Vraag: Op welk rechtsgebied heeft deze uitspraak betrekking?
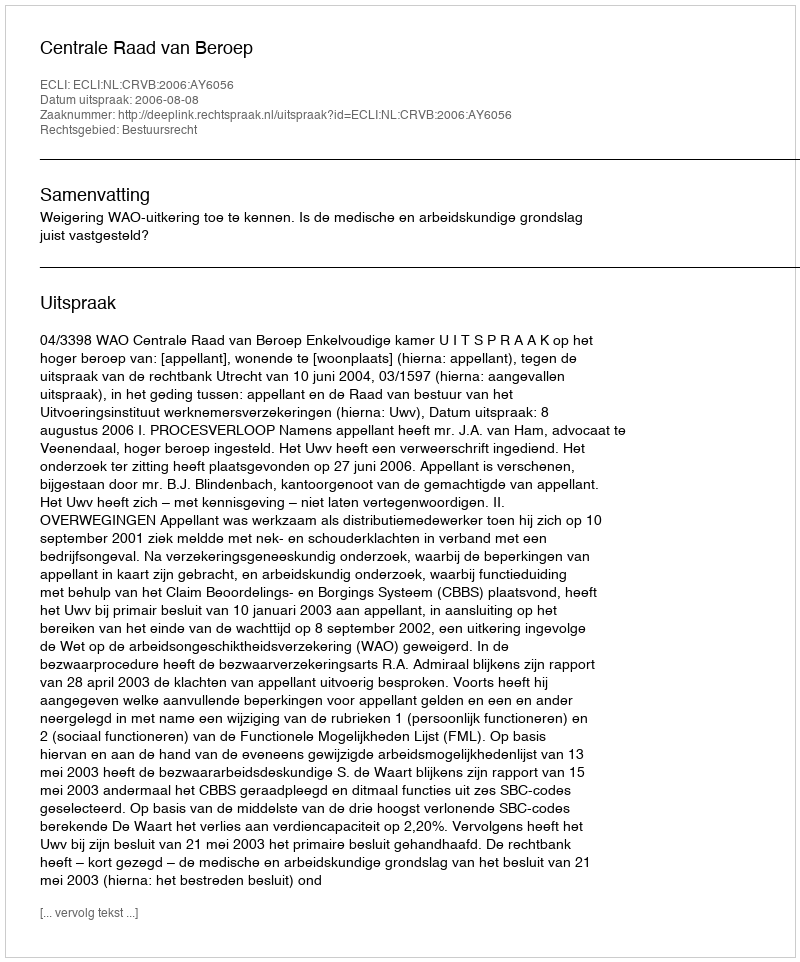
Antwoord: Bestuursrecht